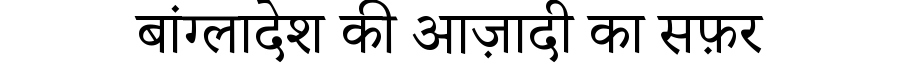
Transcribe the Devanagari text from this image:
बांग्लादेश की आज़ादी का सफ़र